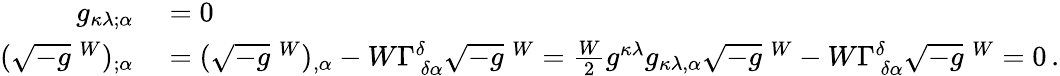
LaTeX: \begin{array}{rl}{g_{\kappa\lambda;\alpha}}&{{}=0}\\ {({\sqrt{-g}}\; ^{W})_{;\alpha}}&{{}=({\sqrt{-g}}\; ^{W})_{,\alpha}-W\Gamma_{~\delta\alpha}^{\delta}{\sqrt{-g}}\; ^{W}={\frac{W}{2}}g^{\kappa\lambda}g_{\kappa\lambda,\alpha}{\sqrt{-g}}\; ^{W}-W\Gamma_{~\delta\alpha}^{\delta}{\sqrt{-g}}\; ^{W}=0\, .}\end{array}